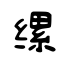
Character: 缧